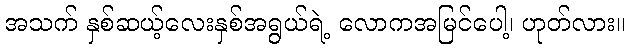
အသက် နှစ်ဆယ့်လေးနှစ်အရွယ်ရဲ့ လောကအမြင်ပေါ့၊ ဟုတ်လား။